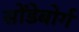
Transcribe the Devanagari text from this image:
सोंडेबोर्ग